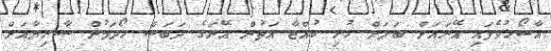
އާޝޯޚުވެފައި އޭނައަށް ބަލަން ހުރި ކުއްޖާ އަތުން އޭނަގެ ދަބަސް ހޯދަމުން ސާރިޔާއަށް